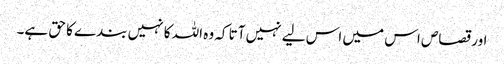
اور قصاص اس میں اس لیے نہیں آتا کہ وہ اللہ کا نہیں بندے کا حق ہے۔